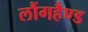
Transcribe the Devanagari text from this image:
लौंगहैण्ड